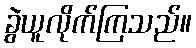
ခွဲယူလိုက်ကြသည်။